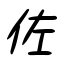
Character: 佐